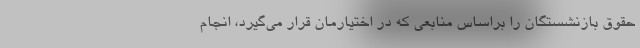
حقوق بازنشستگان را براساس منابعی که در اختیارمان قرار می‌گیرد، انجام